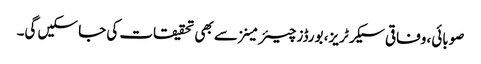
صوبائی، وفاقی سیکرٹریز، بورڈز چیئرمینز سے بھی تحقیقات کی جا سکیں گی۔